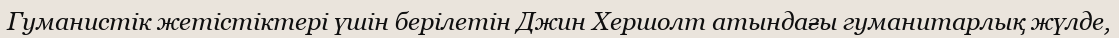
Гуманистік жетістіктері үшін берілетін Джин Хершолт атындағы гуманитарлық жүлде,